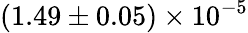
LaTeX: (1.49\pm 0.05)\times 10^{-5}